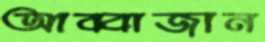
আব্বাজান